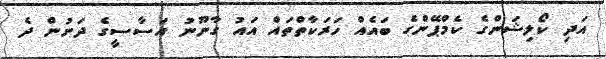
އަދި ކޯލިޝަންގެ ކެމްޕޭންގެ ބައެއް ހަރަކާތްތައް އައު ގާނޫނު އަސާސީގެ ދަށުން ދެ